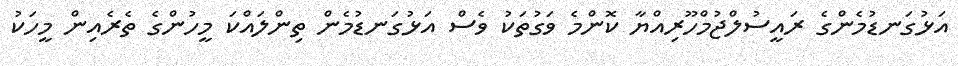
އަޅުގަނޑުމެންގެ ރައީސުލްޖުމްހޫރިއްޔާ ކޮންމެ ވަގުތަކު ވެސް އަޅުގަނޑުމެން ތިންލައްކަ މީހުންގެ ތެރެއިން މީހަކު